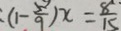
( 1 - \frac { 5 } { 9 } ) x = \frac { 8 } { 1 5 }